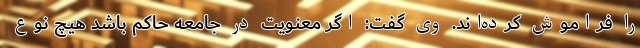
را فراموش کرده‌اند. وی گفت: اگر معنویت در جامعه حاکم باشد هیچ نوع